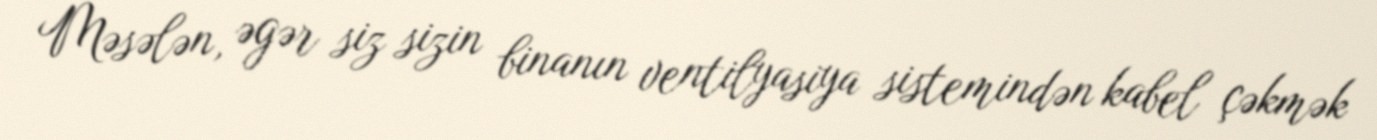
Məsələn, əgər siz sizin binanın ventilyasiya sistemindən kabel çəkmək